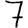
Digit: 7